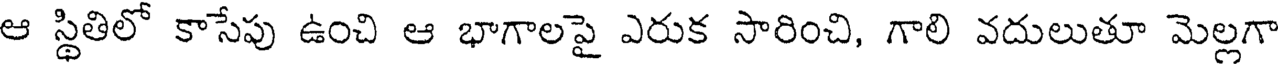
ఆ స్థితిలో కాసేపు ఉంచి ఆ భాగాలపై ఎరుక సారించి, గాలి వదులుతూ మెల్లగా